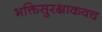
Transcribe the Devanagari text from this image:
भक्तिसुरक्षाकवच